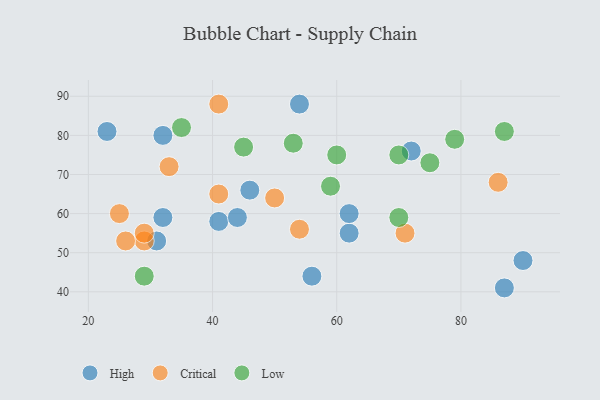
{"axis": {"x": "GDP", "y": "Life Expectancy"}, "legend": ["Critical", "High", "Low"], "data": [{"x": "46", "y": 66, "type": "High"}, {"x": "41", "y": 58, "type": "High"}, {"x": "62", "y": 55, "type": "High"}, {"x": "87", "y": 41, "type": "High"}, {"x": "54", "y": 88, "type": "High"}, {"x": "32", "y": 59, "type": "High"}, {"x": "56", "y": 44, "type": "High"}, {"x": "32", "y": 80, "type": "High"}, {"x": "72", "y": 76, "type": "High"}, {"x": "23", "y": 81, "type": "High"}, {"x": "44", "y": 59, "type": "High"}, {"x": "90", "y": 48, "type": "High"}, {"x": "31", "y": 53, "type": "High"}, {"x": "62", "y": 60, "type": "High"}, {"x": "33", "y": 72, "type": "Critical"}, {"x": "29", "y": 53, "type": "Critical"}, {"x": "54", "y": 56, "type": "Critical"}, {"x": "71", "y": 55, "type": "Critical"}, {"x": "25", "y": 60, "type": "Critical"}, {"x": "41", "y": 88, "type": "Critical"}, {"x": "41", "y": 65, "type": "Critical"}, {"x": "86", "y": 68, "type": "Critical"}, {"x": "29", "y": 55, "type": "Critical"}, {"x": "26", "y": 53, "type": "Critical"}, {"x": "50", "y": 64, "type": "Critical"}, {"x": "79", "y": 79, "type": "Low"}, {"x": "70", "y": 75, "type": "Low"}, {"x": "60", "y": 75, "type": "Low"}, {"x": "75", "y": 73, "type": "Low"}, {"x": "45", "y": 77, "type": "Low"}, {"x": "59", "y": 67, "type": "Low"}, {"x": "29", "y": 44, "type": "Low"}, {"x": "87", "y": 81, "type": "Low"}, {"x": "35", "y": 82, "type": "Low"}, {"x": "53", "y": 78, "type": "Low"}, {"x": "70", "y": 59, "type": "Low"}]}